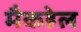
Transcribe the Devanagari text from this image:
मैकहेल